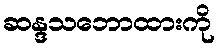
ဆန္ဒသဘောထားကို